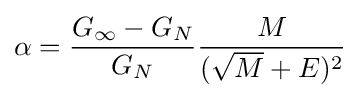
\alpha ={\frac {G_{\infty }-G_{N}}{G_{N}}}{\frac {M}{({\sqrt {M}}+E)^{2}}}